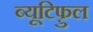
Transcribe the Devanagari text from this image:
ब्यूटिफ़ुल